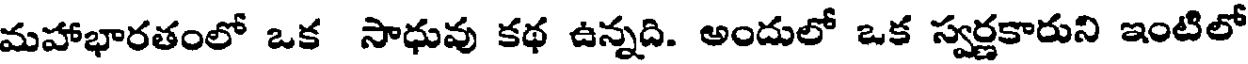
మహాభారతంలో ఒక సాధువు కథ ఉన్నది. అందులో ఒక స్వర్ణకారుని ఇంటిలో